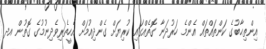
އިންތިޙާބުގެ ކަންތައްތައް އެންމެ ހަރުދަނާ ގޮތެއްގައި ކުރިޔަށް ގެންދިއުމަށް އެހީތެރިވެދިނުމުގެ ގޮތުން އދ